Report of the Hyderabad Chloroform Commission
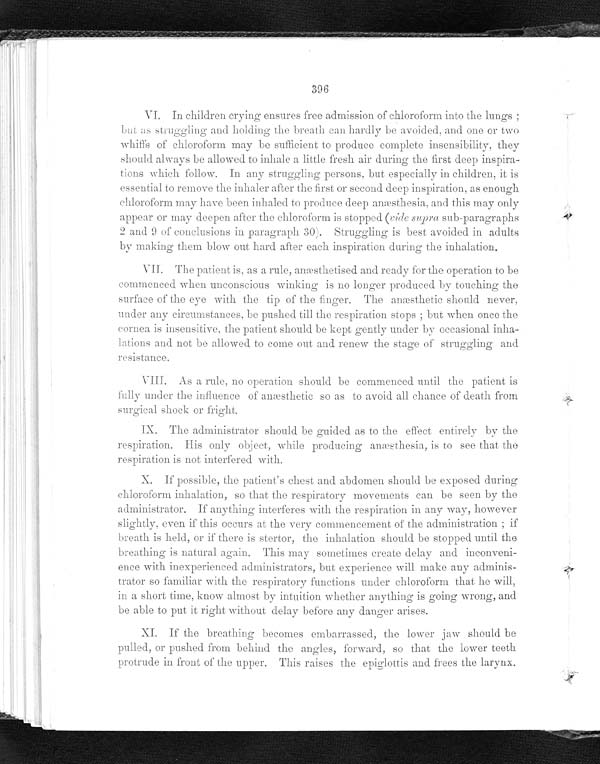
396
VI. In children crying ensures free admission of chloroform into the lungs ;
but as struggling and holding the breath can hardly be avoided, and one or two
whiffs of chloroform may be sufficient to produce complete insensibility, they
should always be allowed to inhale a little fresh air during the first deep inspira--
tions which follow. In any struggling persons, but especially in children, it is
essential to remove the inhaler after the first or second deep inspiration, as enough
chloroform may have been inhaled to produce deep anæsthesia, and this may only
appear or may deepen after the chloroform is stopped (ride supra sub-paragraphs
2 and 9 of conclusions in paragraph 30). Struggling is best avoided in adults
by making them blow out hard after each inspiration during the inhalation.
V I I . T h e p a t i e n t i s , a s a r u l e , a n æ s t h e t i s e d a n d r e a d y f o r t h e o p e r a t i o n t o b e
commenced when unconscious winking is no longer produced by touching the
surface or the eye with the tip of the finger. The anæsthetic should never,
under any circumstances be pushed till the respiration stops ; but When once the
cornea is insensitive the patient should be kept gently under by occasional inha--
lations and not be allowed to come out and renew the stage of struggling and
resistance.
V111. As a rule, no operation should be commenced until the patient is
fully under the inifuence of anæsthetic so as to avoid all chance of death from
surgical shock or fright.
IX. The administrator should be guided as to the effect entirely by the
respiration. His only object, while producing anæsthesia, is to see that the
respiration is not interfered with.
X. If possible, the patient's chest and abdomen should be exposed during
chloroform inhalation, so that the respiratory movements call be seen by the
administrator. If anything interferes with the respiration in any way, however
slightly. even if this occurs at the very commencement of the administration ; if
breath is held, or if there is stertor, the inhalation should be stopped until the
breathing is natural again. This may sometimes create delay and inconveni--
ence with inexperienced administrators, but experience will make any adminis--
trator so familiar with the respiratory functions under chloroform that he will
, i n a s h o r t t i m e , k n o w a l m o s t b y i n t u i t i o n w h e t h e r a n y t h i n g i s g o i n g w r o n g , a n d
be able to put it right . without delay before any danger arises.
XI. If the breathing becomes embarrassed, the lower jaw should be
pulled, or pushed from behind the angles, forward, so that the lower teeth
protrude in front of the upper. This raises the epiglottis and frees the larynx.